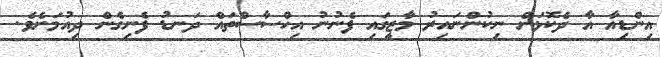
އިންޑިއާ އާ ދެކޮޅަށް ނިކުންނައިރު މާޒީގައި ފެނުނު އިހްސާސްތައް ދަނޑު ފެނިގެން ދިއުމަށެވެ.